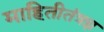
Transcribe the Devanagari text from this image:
माहितीतंत्रज्ञ